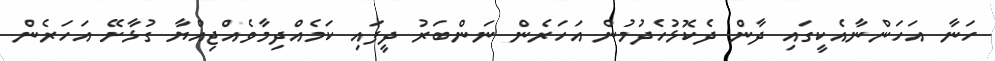
ހަނާ އަހަންނާއެކީގައި ދާން ދެކޮޅުހެދުމުން އަހަރެން ނަންބަރު ދީފައި ކަމެއްދިމާވެއްޖިއްޔާ ގުޅާށޭ އަހަރެން